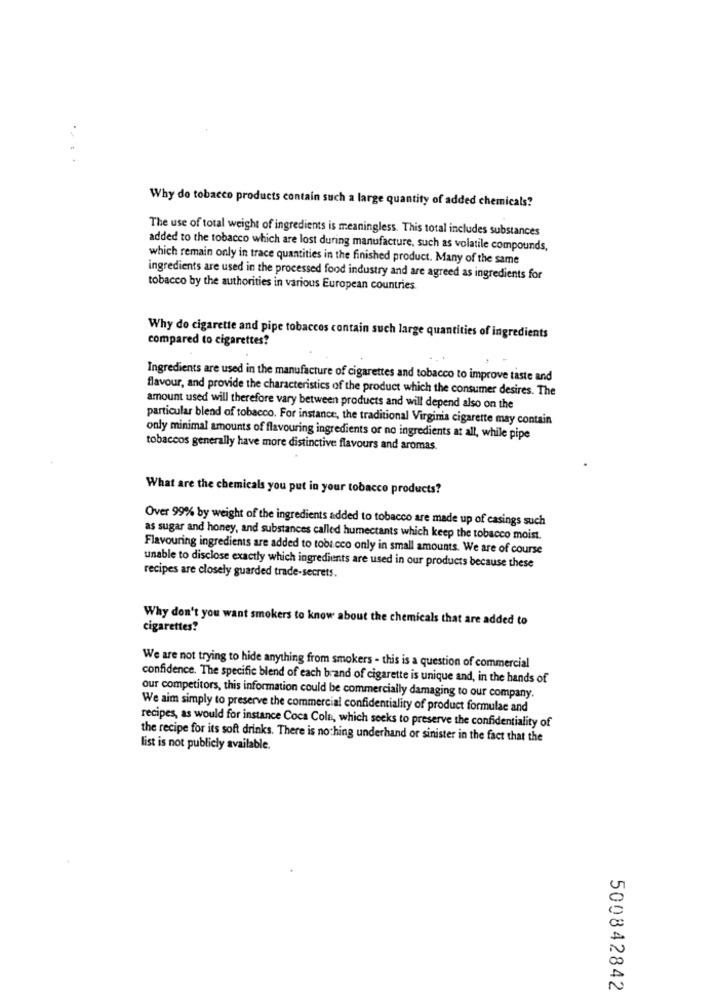
Why do tobacco products contain such a large quantity of added chemicals?
The use of total weight of ingredients is meaningless. This total includes substances
added to the tobacco which are lost during manufacture, such as volatile compounds,
which remain only in trace quantities in the finished product. Many of the same
ingredients are used in the processed food industry and are agreed as ingredients for
tobacco by the authorities in various European countries.
Why do cigarette and pipe tobaccos contain such large quantities of ingredients
compared to cigarettes?
Ingredients are used in the manufacture of cigarettes and tobacco to improve taste and
flavour, and provide the characteristics of the product which the consumer desires. The
amount used will therefore vary between products and will depend also on the
particular blend of tobacco. For instance, the traditional Virginia cigarette may contain
only minimal amounts of flavouring ingredients or no ingredients at all, while pipe
tobaccos generally have more distinctive flavours and aromas.
What are the chemicals you put in your tobacco products?
Over 99% by weight of the ingredients added to tobacco are made up of casings such
as sugar and honey, and substances called humectants which keep the tobacco moist.
Flavouring ingredients are added to tobacco only in small amounts. We are of course
unable to disclose exactly which ingredients are used in our products because these
recipes are closely guarded trade-secrets.
Why don't you want smokers to know about the chemicals that are added to
cigarettes?
We are not trying to hide anything from smokers - this is a question of commercial
confidence. The specific blend of each brand of cigarette is unique and, in the hands of
our competitors, this information could be commercially damaging to our company.
We aim simply to preserve the commercial confidentiality of product formulae and
recipes, as would for instance Coca Cola, which seeks to preserve the confidentiality of
the recipe for its soft drinks. There is nothing underhand or sinister in the fact that the
list is not publicly available.
500842842